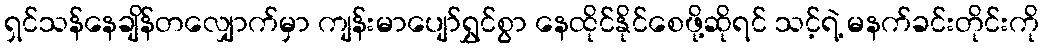
ရှင်သန်နေချိန်တလျှောက်မှာ ကျန်းမာပျော်ရွှင်စွာ နေထိုင်နိုင်စေဖို့ဆိုရင် သင့်ရဲ့ မနက်ခင်းတိုင်းကို